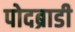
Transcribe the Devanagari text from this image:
पोदब्राडी